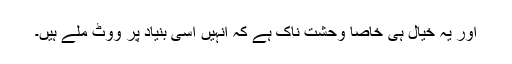
اور یہ خیال ہی خاصا وحشت ناک ہے کہ انہیں اسی بنیاد پر ووٹ ملے ہیں۔